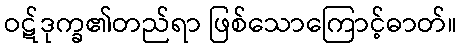
ဝဋ်ဒုက္ခ၏တည်ရာ ဖြစ်သောကြောင့်ဓာတ်။